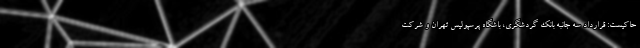
حاکیست: قرارداد سه جانبه بانک گردشگری، باشگاه پرسپولیس تهران و شرکت